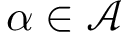
\alpha \in { \mathcal { A } }